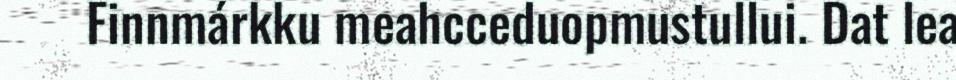
Finnmárkku meahcceduopmustullui. Dat lea